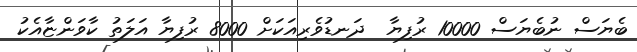
ބެޔަސް ނުބެޔަސް 10000 ރުފިޔާ  ދަނޑުވެރިއަކަށް 8000 ރުފިޔާ އަލަތު ކާވަންޏާއެކު